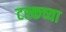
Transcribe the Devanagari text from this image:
टस्कच्या